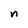
Character: n